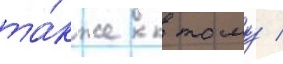
та́кже к тому /